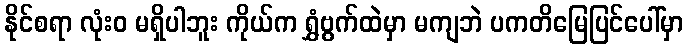
နိုင်စရာ လုံးဝ မရှိပါဘူး ကိုယ်က ရွှံဗွက်ထဲမှာ မကျဘဲ ပကတိမြေပြင်ပေါ်မှာ